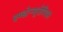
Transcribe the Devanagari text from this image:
इण्डोऱ्यूरोपियन